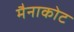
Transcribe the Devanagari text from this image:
मैनाकोट